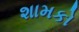
શામકો